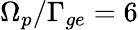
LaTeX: \Omega_{p}/\Gamma_{ge}=6